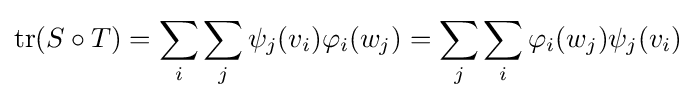
\operatorname {tr} (S\circ T)=\sum _{i}\sum _{j}\psi _{j}(v_{i})\varphi _{i}(w_{j})=\sum _{j}\sum _{i}\varphi _{i}(w_{j})\psi _{j}(v_{i})